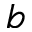
b